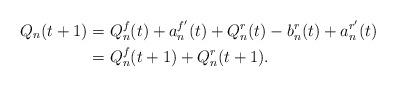
LaTeX: \begin{align*} Q_n(t+1) & = Q_n^f(t) + a_n^{f'}(t) + Q_n^r(t) - b_n^r(t) + a_n^{r'}(t) \\ & = Q_n^f(t+1) + Q_n^r(t+1).\end{align*}